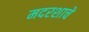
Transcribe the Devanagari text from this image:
मदरशाचे